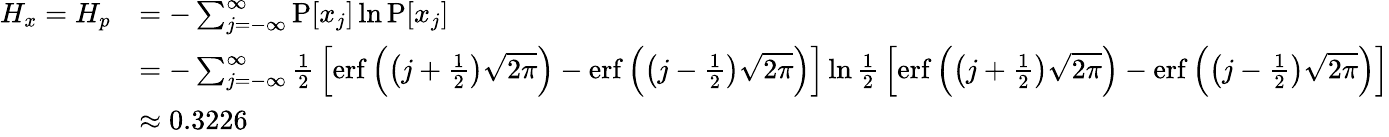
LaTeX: {\begin{array}{rl}{H_{x}=H_{p}}&{=-\sum_{j=-\infty}^{\infty}\operatorname{P}[x_{j}]\ln\operatorname{P}[x_{j}]}\\ &{=-\sum_{j=-\infty}^{\infty}{\frac{1}{2}}\left[\operatorname{erf}\left(\left(j+{\frac{1}{2}}\right){\sqrt{2\pi}}\right)-\operatorname{erf}\left(\left(j-{\frac{1}{2}}\right){\sqrt{2\pi}}\right)\right]\ln{\frac{1}{2}}\left[\operatorname{erf}\left(\left(j+{\frac{1}{2}}\right){\sqrt{2\pi}}\right)-\operatorname{erf}\left(\left(j-{\frac{1}{2}}\right){\sqrt{2\pi}}\right)\right]}\\ &{\approx 0.3226}\end{array}}